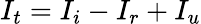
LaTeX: I_{t}=I_{i}-I_{r}+I_{u}